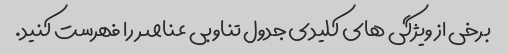
برخی از ویژگی های کلیدی جدول تناوبی عناصر را فهرست کنید.